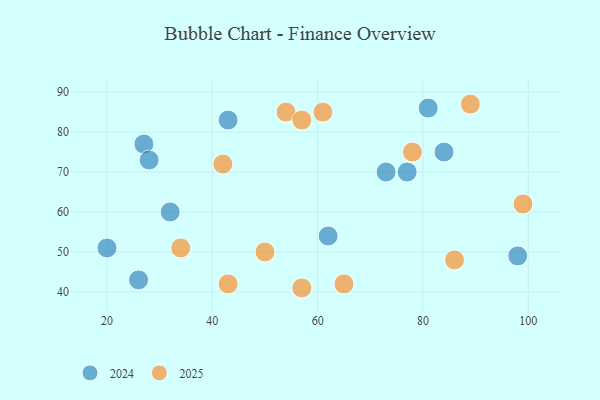
{"axis": {"x": "GDP", "y": "Life Expectancy"}, "legend": ["2024", "2025"], "data": [{"x": "54", "y": 85, "type": "2025"}, {"x": "65", "y": 42, "type": "2025"}, {"x": "78", "y": 75, "type": "2025"}, {"x": "43", "y": 42, "type": "2025"}, {"x": "42", "y": 72, "type": "2025"}, {"x": "61", "y": 85, "type": "2025"}, {"x": "86", "y": 48, "type": "2025"}, {"x": "57", "y": 83, "type": "2025"}, {"x": "57", "y": 41, "type": "2025"}, {"x": "50", "y": 50, "type": "2025"}, {"x": "89", "y": 87, "type": "2025"}, {"x": "34", "y": 51, "type": "2025"}, {"x": "99", "y": 62, "type": "2025"}, {"x": "81", "y": 86, "type": "2024"}, {"x": "77", "y": 70, "type": "2024"}, {"x": "73", "y": 70, "type": "2024"}, {"x": "32", "y": 60, "type": "2024"}, {"x": "27", "y": 77, "type": "2024"}, {"x": "20", "y": 51, "type": "2024"}, {"x": "28", "y": 73, "type": "2024"}, {"x": "84", "y": 75, "type": "2024"}, {"x": "26", "y": 43, "type": "2024"}, {"x": "62", "y": 54, "type": "2024"}, {"x": "43", "y": 83, "type": "2024"}, {"x": "98", "y": 49, "type": "2024"}]}